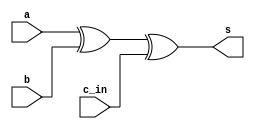
`timescale 1ns / 1ps
//////////////////////////////////////////////////////////////////////////////////
// Company: 
// Engineer: 
// 
// Design Name: 
// Module Name:    sum 
// Project Name: 
// Target Devices: 
// Tool versions: 
// Description: 
//
// Dependencies: 
//
// Revision: 
// Revision 0.01 - File Created
// Additional Comments: 
//
//////////////////////////////////////////////////////////////////////////////////
module sum(
    input a,
    input b,
    input c_in,
    output s
    );
wire t1;
xor g1 (t1,a,b);
xor g2 (s,t1,c_in);


endmodule